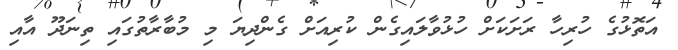
އަތޮޅުގެ ހުރިހާ ރަށަކަށް ހުޅުވާލައިގެން ކުރިއަށް ގެންދިޔަ މި މުބާރާތުގައި ތިނަދޫ އާއި